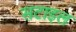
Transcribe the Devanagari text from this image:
सटाइल